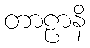
တာဠာနိ